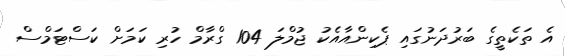
އެ ތަކެތީގެ ބަރުދަނުގައި ޕެކިންއާއެކު ޖުމްލަ 104 ގްރާމް ހުރި ކަމަށް ކަސްޓަމްސް